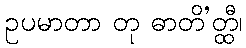
ဥပမာတာ တု ဓာတိ’တ္ထီ၊